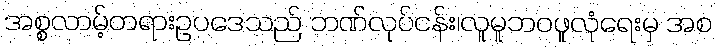
အစ္စလာမ့်တရားဥပဒေသည် ဘဏ်လုပ်ငန်း၊လူမူဘဝဖူလုံရေးမှ အစ